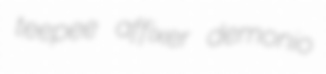
teepee affixer demonio